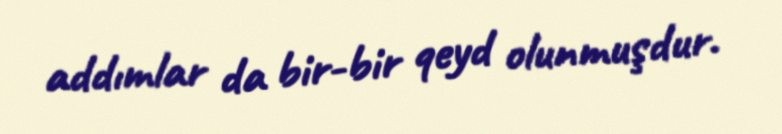
addımlar da bir-bir qeyd olunmuşdur.